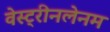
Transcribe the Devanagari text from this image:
वेस्ट्रीनलेनम